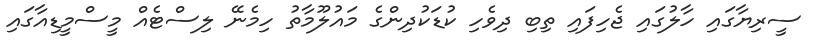
ސީރިޔާގައި ހާލުގައި ޖެހިފައި ތިބި ދިވެހި ކުޑަކުދިންގެ މައުލޫމާތު ހިމެނޭ ލިސްޓެއް މީސްމީޑިއާގައި